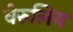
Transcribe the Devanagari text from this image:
वेरुलिय